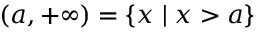
( a , + \infty ) = \{ x \mid x > a \}